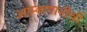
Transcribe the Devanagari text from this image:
आम्बापानीची